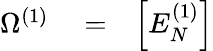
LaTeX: \begin{array}{rlr}{\Omega^{(1)}}&{{}=}&{\Big[E_{N}^{(1)}\Big]}\end{array}